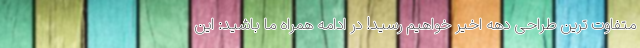
متفاوت ترین طراحی دهه اخیر خواهیم رسید! در ادامه همراه ما باشید: این